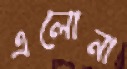
এলোনা